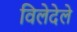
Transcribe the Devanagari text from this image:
विलेदेले